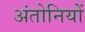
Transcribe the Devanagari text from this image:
अंतोनियों